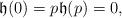
LaTeX: \begin{align*}\mathfrak h (0) =p \mathfrak h (p) =0,\end{align*}